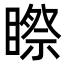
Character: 𥉻